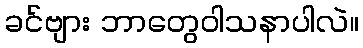
ခင်ဗျား ဘာတွေဝါသနာပါလဲ။